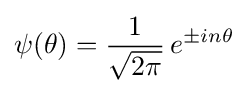
\psi (\theta )={\frac {1}{\sqrt {2\pi }}}\,e^{\pm in\theta }